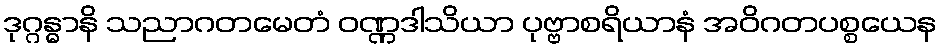
ဒုဂ္ဂန္ဓာနိ သညာဂတမေတံ ဝဏ္ဏဒါသိယာ ပုဗ္ဗာစရိယာနံ အဝိဂတပစ္စယေန